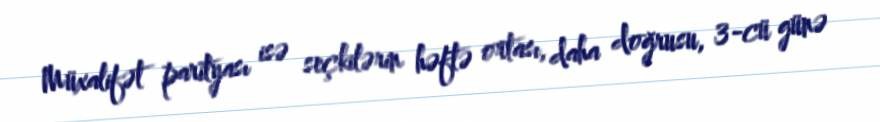
Müxalifət parityası isə seçkilərin həftə ortası, daha doğrusu, 3-cü günə